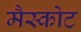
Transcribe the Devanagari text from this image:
मैस्कोट